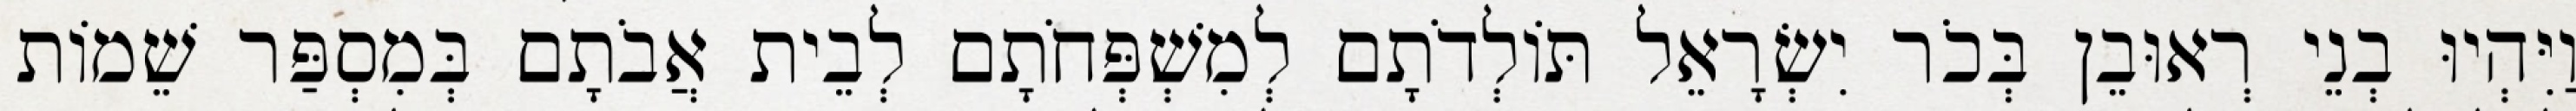
וַיִּהְיוּ בְנֵי רְאוּבֵן בְּכֹר יִשְׂרָאֵל תּוֹלְדֹתָם לְמִשְׁפְּחֹתָם לְבֵית אֲבֹתָם בְּמִסְפַּר שֵׁמוֹת